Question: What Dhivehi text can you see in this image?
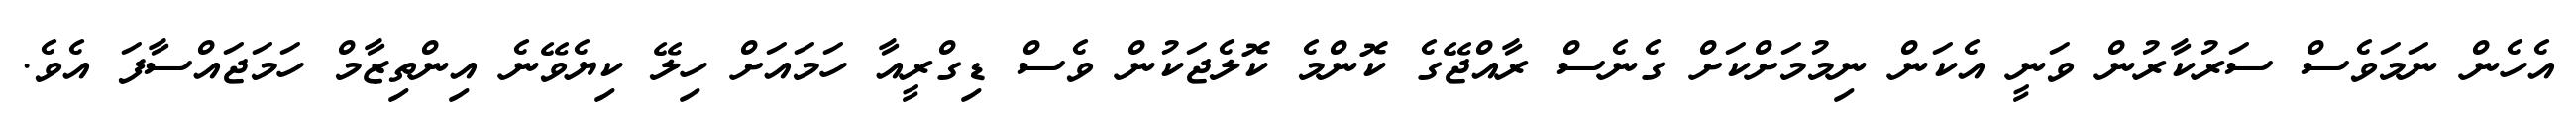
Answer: އެހެން ނަމަވެސް ސަރުކާރުން ވަނީ އެކަން ނިމުމަށްކަށް ގެނެސް ރާއްޖޭގެ ކޮންމެ ކޮލެޖަކުން ވެސް ޑިގްރީއާ ހަމައަށް ހިލޭ ކިޔެވޭނެ އިންތިޒާމް ހަމަޖައްސާފަ އެވެ.